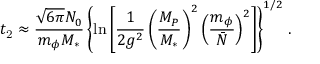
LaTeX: t _ { \mathrm { 2 } } \approx \frac { \sqrt { 6 \pi } N _ { 0 } } { m _ { \phi } M _ { \ast } } \left\{ \ln \left[ \frac { 1 } { 2 g ^ { 2 } } \left( \frac { M _ { P } } { M _ { \ast } } \right) ^ { 2 } \left( \frac { m _ { \phi } } { \bar { N } } \right) ^ { 2 } \right] \right\} ^ { 1 / 2 } \, .